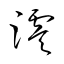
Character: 澪